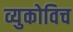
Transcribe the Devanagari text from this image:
व्युकोविच